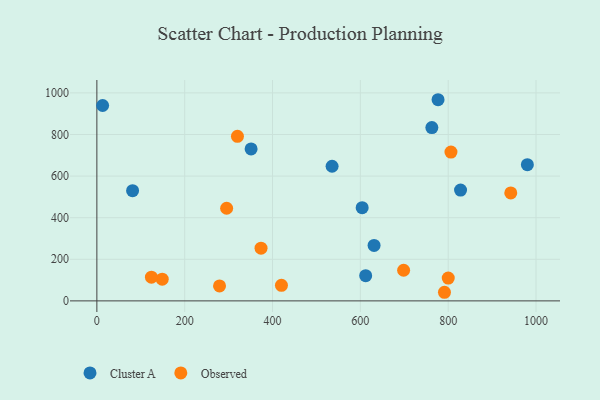
{"axis": {"x": "Investment", "y": "Yield"}, "legend": ["Cluster A", "Observed"], "data": [{"x": "980.3", "y": 654.7, "type": "Cluster A"}, {"x": "631.2", "y": 266.5, "type": "Cluster A"}, {"x": "828.1", "y": 533.0, "type": "Cluster A"}, {"x": "604.1", "y": 448.4, "type": "Cluster A"}, {"x": "612.1", "y": 121.1, "type": "Cluster A"}, {"x": "762.8", "y": 833.2, "type": "Cluster A"}, {"x": "535.6", "y": 647.3, "type": "Cluster A"}, {"x": "776.9", "y": 967.2, "type": "Cluster A"}, {"x": "351.2", "y": 730.5, "type": "Cluster A"}, {"x": "13.1", "y": 939.5, "type": "Cluster A"}, {"x": "81.3", "y": 529.8, "type": "Cluster A"}, {"x": "148.8", "y": 104.5, "type": "Observed"}, {"x": "124.2", "y": 113.8, "type": "Observed"}, {"x": "791.5", "y": 41.4, "type": "Observed"}, {"x": "320.1", "y": 791.1, "type": "Observed"}, {"x": "800.1", "y": 109.6, "type": "Observed"}, {"x": "373.8", "y": 253.6, "type": "Observed"}, {"x": "279.3", "y": 71.8, "type": "Observed"}, {"x": "806.3", "y": 715.4, "type": "Observed"}, {"x": "420.3", "y": 74.6, "type": "Observed"}, {"x": "295.5", "y": 445.3, "type": "Observed"}, {"x": "942.5", "y": 518.9, "type": "Observed"}, {"x": "698.5", "y": 147.2, "type": "Observed"}]}